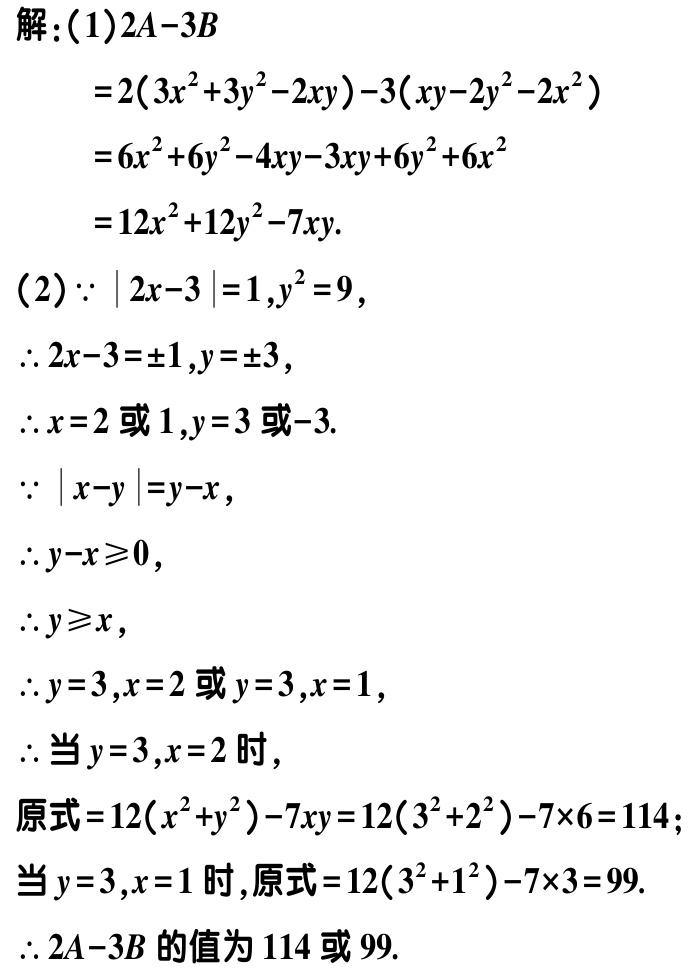
解：(1)\(2A - 3B\)
\[
\begin{align*}
&=2(3x^{2}+3y^{2}-2xy)-3(xy - 2y^{2}-2x^{2})\\
&=6x^{2}+6y^{2}-4xy-3xy + 6y^{2}+6x^{2}\\
&=12x^{2}+12y^{2}-7xy.
\end{align*}
\]
(2)\(\because|2x - 3| = 1,y^{2}=9\)，
\(\therefore 2x - 3=\pm1,y=\pm3\)，
\(\therefore x = 2\)或\(1,y = 3\)或\(-3\).
\(\because|x - y|=y - x\)，
\(\therefore y - x\geqslant0\)，
\(\therefore y\geqslant x\)，
\(\therefore y = 3,x = 2\)或\(y = 3,x = 1\)，
\(\therefore\)当\(y = 3,x = 2\)时，
原式\(=12(x^{2}+y^{2})-7xy=12(3^{2}+2^{2})-7\times6 = 114\)；
当\(y = 3,x = 1\)时，原式\(=12(3^{2}+1^{2})-7\times3 = 99\).
\(\therefore 2A - 3B\)的值为\(114\)或\(99\).